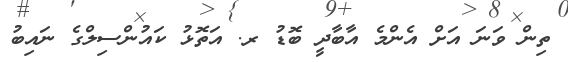
ތިން ވަނަ އަށް އެންމެ އާބާދީ ބޮޑު ރ. އަތޮޅު ކައުންސިލްގެ ނައިބު